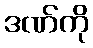
ဒဏ်ကို